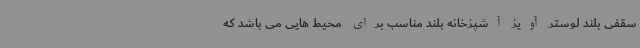
سقفی بلند لوستر آویز آشپزخانه بلند مناسب برای محیط هایی می باشد که